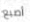
أصبع